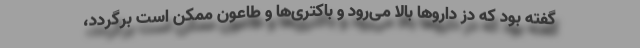
گفته بود که دز داروها بالا می‌رود و باکتری‌ها و طاعون ممکن است برگردد،